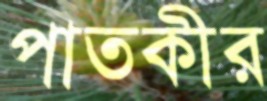
পাতকীর